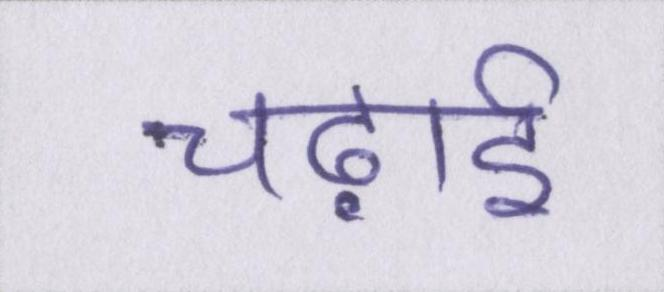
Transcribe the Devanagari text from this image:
चढ़ाई